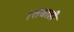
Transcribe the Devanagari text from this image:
।तबाही